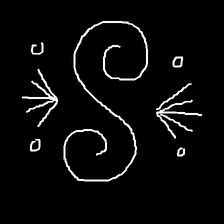
Glyph: aeroform